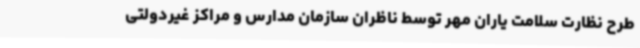
طرح نظارت سلامت یاران مهر توسط ناظران سازمان مدارس و مراکز غیردولتی